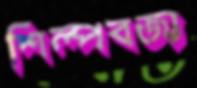
শিল্পবর্জ্য